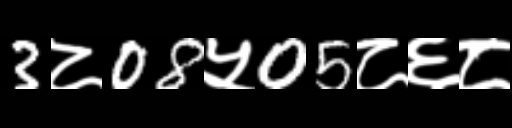
Text: 3८08५05८६८